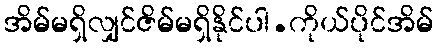
အိမ်မရှိလျှင်ဇိမ်မရှိနိုင်ပါ.ကိုယ်ပိုင်အိမ်